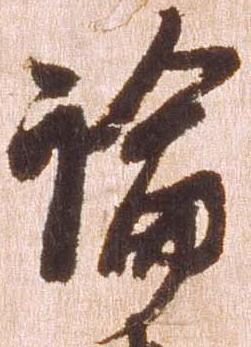
論